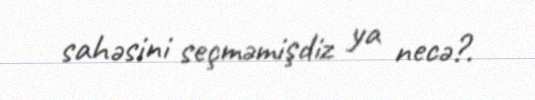
sahəsini seçməmişdiz ya necə?.